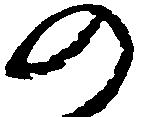
の